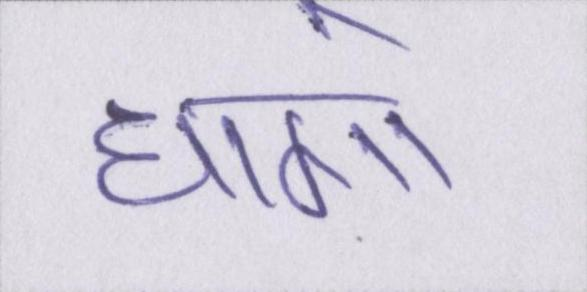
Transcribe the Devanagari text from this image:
धागो